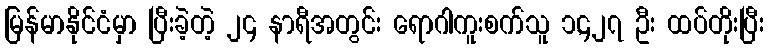
မြန်မာနိုင်ငံမှာ ပြီးခဲ့တဲ့ ၂၄ နာရီအတွင်း ရောဂါကူးစက်သူ ၁,၄၂၇ ဦး ထပ်တိုးပြီး